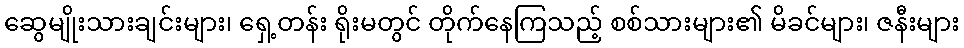
ဆွေမျိုးသားချင်းများ၊ ရှေ့တန်း ရိုးမတွင် တိုက်နေကြသည့် စစ်သားများ၏ မိခင်များ၊ ဇနီးများ